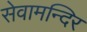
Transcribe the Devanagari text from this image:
सेवामन्दिर